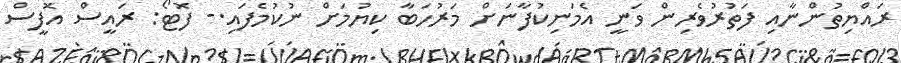
ރައްޔިތުންނާއި ފަތުރުވެރިން ވަނީ އެމަނިކުފާނަަށް މަރުހަބާ ކިޔުމަށް ނުކުމެފައި.- ފޮޓޯ: ރައީސް އޮފީސް